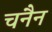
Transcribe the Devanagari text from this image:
चनैन